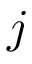
\boldsymbol { j }